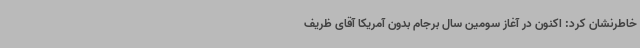
خاطرنشان کرد: اکنون در آغاز سومین سال برجام بدون آمریکا آقای ظریف